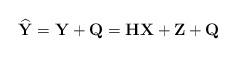
LaTeX: \begin{align*} \widehat{\mathbf{Y}} &=\mathbf{Y}+\mathbf{Q} =\mathbf{H}\mathbf{X}+\mathbf{Z}+\mathbf{Q} \end{align*}